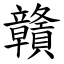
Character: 贛